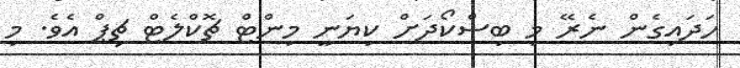
ހަދައިގެން ނެރޭ މި ބިސްކޯދަށް ކިޔަނީ މިންޓް ޗޮކްލެޓް ޗިޕް އެވެ. މި